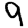
Digit: 9